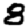
Digit: 8